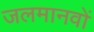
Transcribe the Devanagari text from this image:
जलमानवों